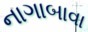
નાગાબાવા